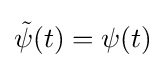
{\tilde {\psi }}(t)=\psi (t)